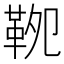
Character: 𩊁